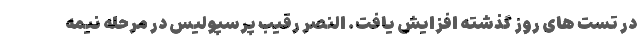
در تست های روز گذشته افزایش یافت. النصر رقیب پرسپولیس در مرحله نیمه